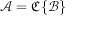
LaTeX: { \mathcal { A } } = { \mathfrak { C } } \{ { \mathcal { B } } \}